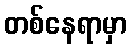
တစ်နေရာမှာ